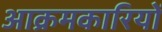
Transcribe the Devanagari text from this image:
आक्रमकारियों